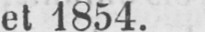
et 1854.